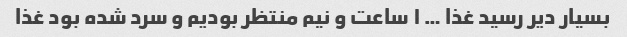
بسیار دیر رسید غذا … ۱ ساعت و نیم منتظر بودیم و سرد شده بود غذا